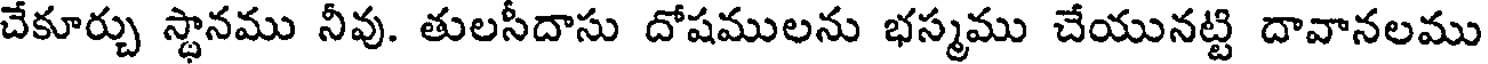
చేకూర్చు స్థానము నీవు. తులసీదాసు దోషములను భస్మము చేయునట్టి దావానలము